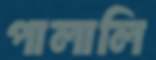
পালালি